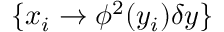
\{ x _ { i } \to \phi ^ { 2 } ( y _ { i } ) \delta y \}